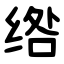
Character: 绺